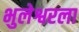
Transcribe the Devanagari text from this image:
भुलेश्वरला